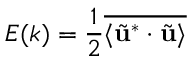
E ( k ) = \frac { 1 } { 2 } \overline { { \langle \tilde { \mathbf { u } } ^ { \ast } \cdot \tilde { \mathbf { u } } \rangle } }